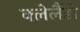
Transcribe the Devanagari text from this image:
क्लेलैंडी